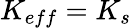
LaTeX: K_{eff}=K_{s}